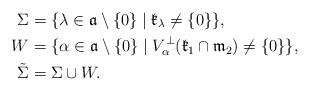
LaTeX: \begin{align*}\Sigma &= \{\lambda \in \mathfrak{a} \setminus \{0\} \mid \mathfrak{k}_{\lambda} \neq \{0\}\},\\ W &= \{\alpha \in \mathfrak{a} \setminus \{0\} \mid V^{\perp}_{\alpha}(\mathfrak{k}_{1} \cap \mathfrak{m}_{2}) \neq \{0\}\},\\ \tilde{\Sigma} &= \Sigma \cup W.\end{align*}